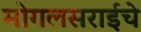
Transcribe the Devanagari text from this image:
मोगलसराईचे